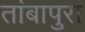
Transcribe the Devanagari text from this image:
तांबापुरा